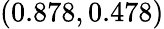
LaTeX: (0.878,0.478)